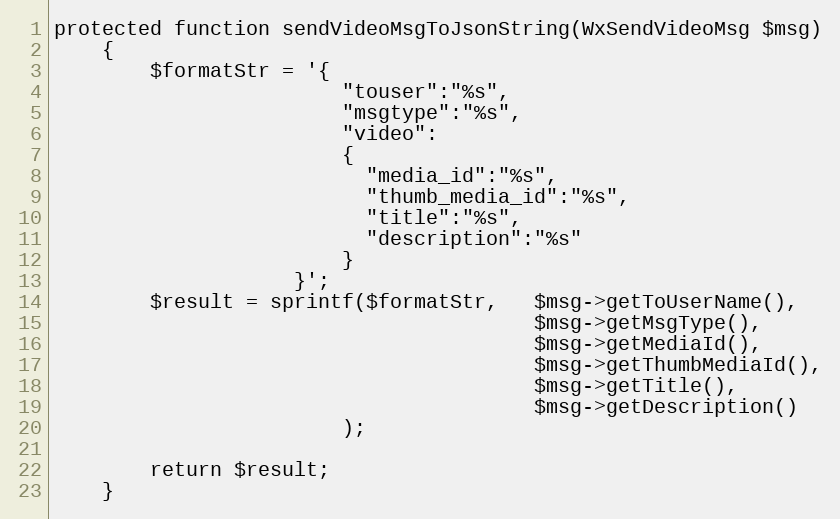
Language: PHP
protected function sendVideoMsgToJsonString(WxSendVideoMsg $msg)
    {
        $formatStr = '{
                        "touser":"%s",
                        "msgtype":"%s",
                        "video":
                        {
                          "media_id":"%s",
                          "thumb_media_id":"%s",
                          "title":"%s",
                          "description":"%s"
                        }
                    }';
        $result = sprintf($formatStr,   $msg->getToUserName(),
                                        $msg->getMsgType(),
                                        $msg->getMediaId(),
                                        $msg->getThumbMediaId(),
                                        $msg->getTitle(),
                                        $msg->getDescription()
                        );

        return $result;
    }